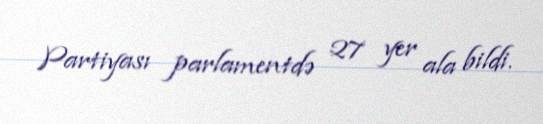
Partiyası parlamentdə 27 yer ala bildi.